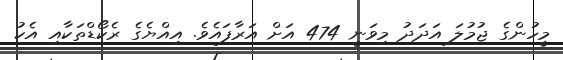
މީހުންގެ ޖުމުލަ އަދަދު މިވަނީ 474 އަށް އަރާފައެވެ. އިއްޔެގެ ރެކޯޑްތަކާއި އެކު